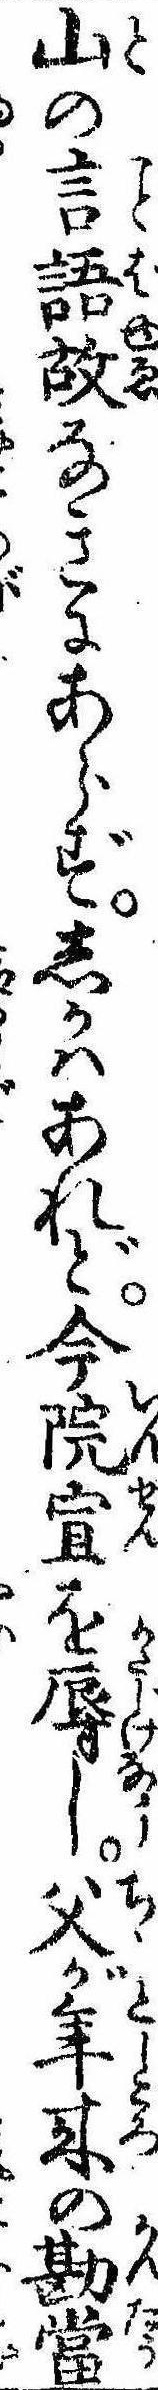
山の言語故なきにあらずしかはあれど今院宣を辱し父が年来の勘当